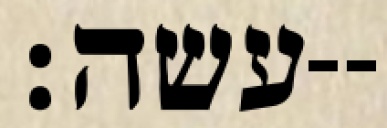
עשה׃--